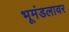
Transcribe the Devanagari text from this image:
भूमंडलावर